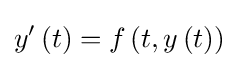
y'\left(t\right)=f\left(t,y\left(t\right)\right)